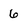
Character: 6